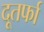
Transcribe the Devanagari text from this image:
दूतर्फा